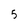
Character: 5